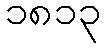
၁၈၁၃